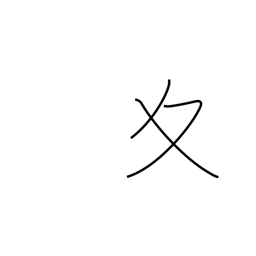
Meaning: winter variant radical (no. 34)